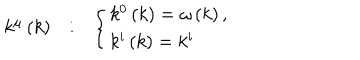
LaTeX: \begin{array} { c c c } { { k ^ { \mu } \left( k \right) } } & { { : } } & { { \left\{ \begin{array} { l } { { k ^ { 0 } \left( k \right) = \omega \left( k \right) , } } \\ { { k ^ { i } \left( k \right) = k ^ { i } } } \\ \end{array} \right. } } \\ \end{array}